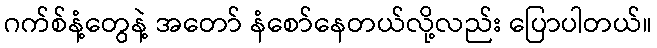
ဂက်စ်နံ့တွေနဲ့ အတော် နံစော်နေတယ်လို့လည်း ပြောပါတယ်။